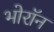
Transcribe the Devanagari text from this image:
भोरॉन